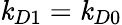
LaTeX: \mathit{k}_{D1}=\mathit{k}_{D0}